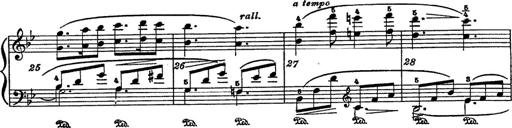
Title: 6 Polish Songs
Composer: Franz Liszt